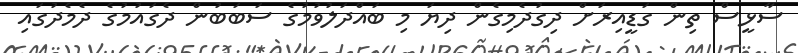
ސާޅީސް ތިން ގަޑީއިރަށް ދިގުދެމިގެން ދިޔަ މި ބައްދަލުވުމުގެ ސަބަބުން ދެގައުމުގެ ދެމެދުގައި